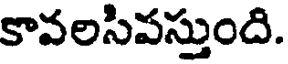
కావలసివస్తుంది.